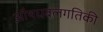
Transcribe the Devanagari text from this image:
औषधबलगतिकी